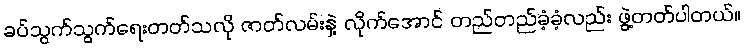
ခပ်သွက်သွက်ရေးတတ်သလို ဇာတ်လမ်းနဲ့ လိုက်အောင် တည်တည်ခံ့ခံ့လည်း ဖွဲ့တတ်ပါတယ်။